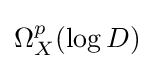
\Omega _{X}^{p}(\log D)